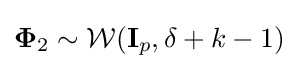
{\mathbf {\Phi } _{2}}\sim {\mathcal {W}}({\mathbf {I} _{p}},\delta +k-1)